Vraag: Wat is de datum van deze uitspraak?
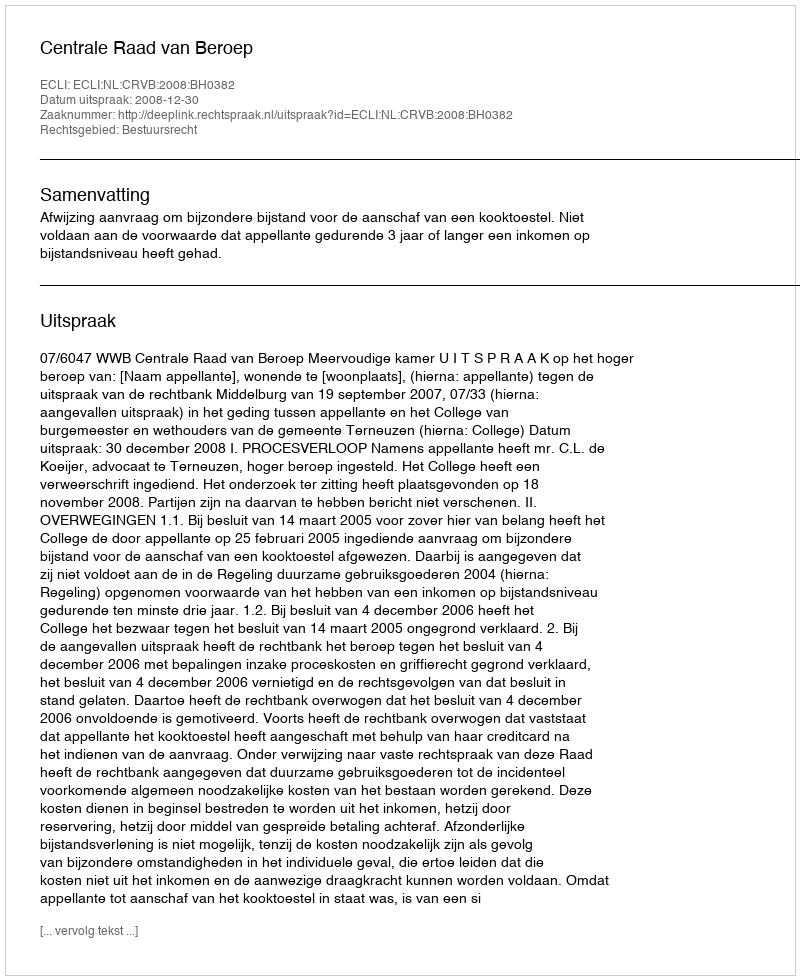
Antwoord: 2008-12-30